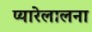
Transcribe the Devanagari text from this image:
प्यारेलालना